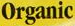
Organic